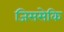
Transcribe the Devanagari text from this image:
जिससेकि